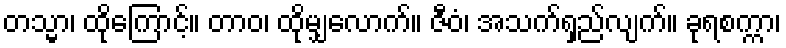
တသ္မာ၊ ထိုကြောင့်။ တာဝ၊ ထိုမျှလောက်။ ဇီဝံ၊ အသက်ရှည်လျက်။ ခုရစက္ကာ၊